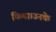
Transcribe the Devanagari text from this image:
किया।उनके